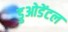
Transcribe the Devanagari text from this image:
डुओडेंटल